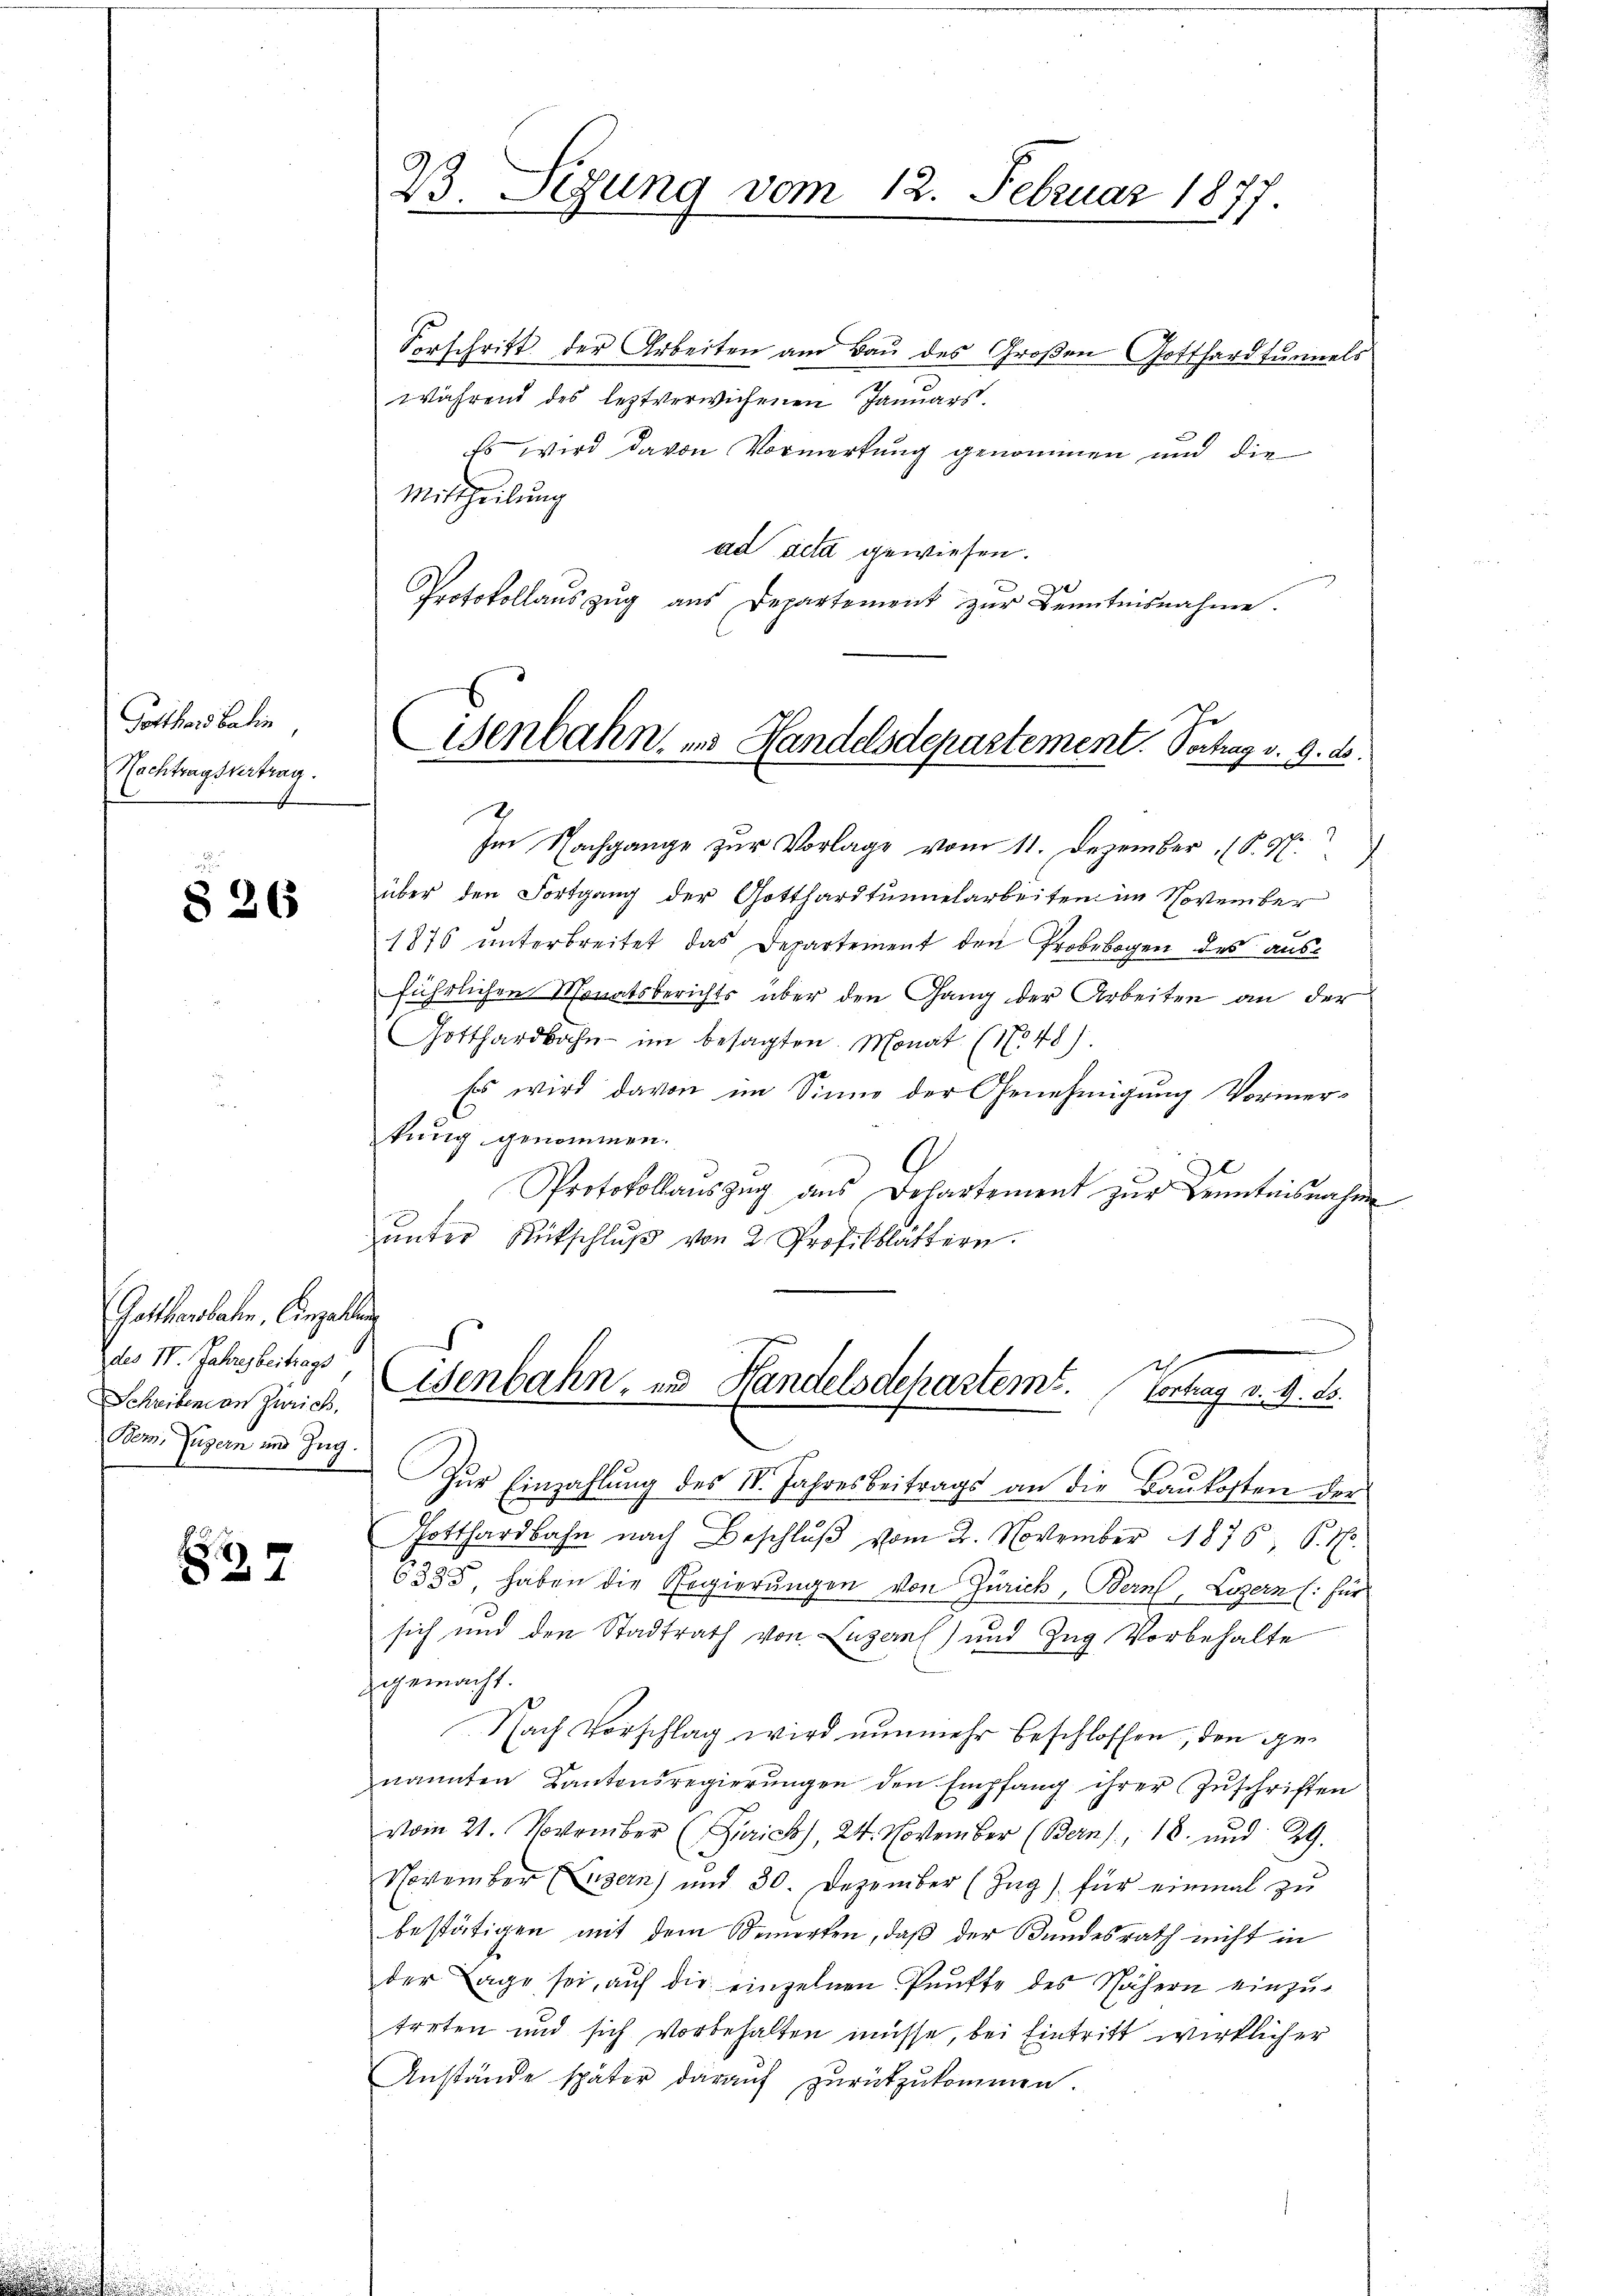
Gotthard Balin,
Nachtragsvertrag.

§ 26

Gatterbahn. Einzellen
des IV. Jahresbeitrags,
Schreiben an Zürich,
Bez. Tuzern im Zug.

7

B. Sigung vom 12. Februar 1877

Vorschrift der Arbeiten am Bau des Großen Gotthardtunnels
während des leztverwichenen Januars.
Es wird davon Vormerkung genommen und die
Mittheilung
ad acta gewiesen.
Protokollaŭszŭg aŭs Departement zŭr Kenntnisnahme.

isenbahn, in Handelsdepartement. Vortrag v. 9. ds.

29
Im Nachgange zur Vorlage vom 11. Dezember (S. 4
über den Fortgang der Gotthardtunnelarbeiten im November
1876 unterbreitet das Departement den Probebogen des ausführlichen Monatsberichts über den Gang der Arbeiten an der
Gotthardbahn im besagten Monat (1748)
Es wird davon im Sinne der Genehmigung Vormerkung genommen.
Protokollauszug ans Departement zŭr Kenntnisnahm
uunter Rütschluß von 2 Profilblättern.
Zur Einzahlung des IV. Jahresbeitrags an die Baukosten der
Gotthardbahn nach Beschlŭβ vom 2. November 1875, P. Nr.
6385, haben die Regierungen von Zürich, Bern, Luzern (: für
sich und den Stadtrath von Luzern) und Zug Vorbehalte
gemacht.
Nach Vorschlag wird nunmehr beschlossen, den genannten Kantonsregierungen den Empfang ihrer Zuschriften
vom 21. November (Zürich), 24. November (Bern), 18. und 29.
November Luzern) und 30. Dezember (Zŭg) für einmal zŭ
bestätigen mit dem Semerten, daß der Bundesrath nicht in
der Tage sei, auf die einzelnen Panfte des Nähern einzu-
treten und sich vorbehalten müsse, bei Eintritt wirklicher
Anstände später darauf zurückzukommen.

Eisenbahn, und Handelsdepartems. Vortrag a. O. B.